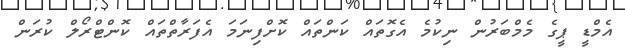
އެމްޑީ ޕީގެ މެމްބަރުން ނިކުމެ އެގޮތައް ކަންތައް ކޮށްފިނަމަ އެފަރާތްތައް ކޮންޓްރޯލް ކުރަން